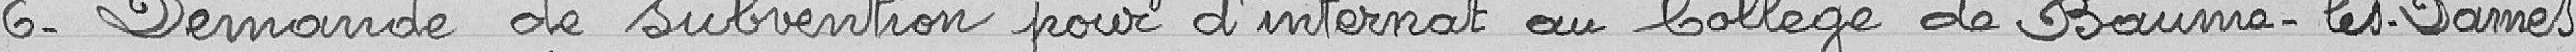
6- Demande de subvention pour frais d'internat au collège de Baume-les-Dames.